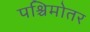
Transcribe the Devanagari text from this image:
पश्चिमोतर